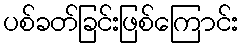
ပစ်ခတ်ခြင်းဖြစ်ကြောင်း